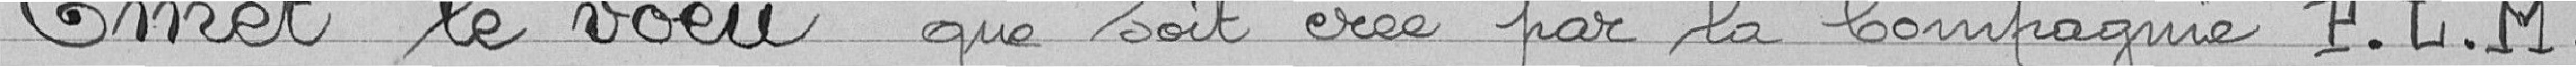
Emet le vœu que soit crée par Compagnie P.L.M.